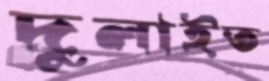
দুলাইত